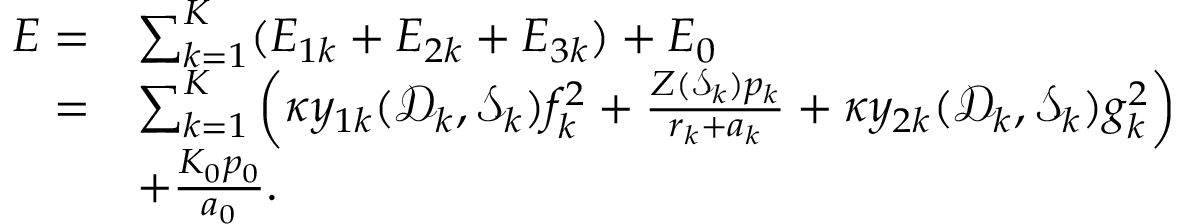
\begin{array} { r l } { E = } & { \sum _ { k = 1 } ^ { K } ( E _ { 1 k } + E _ { 2 k } + E _ { 3 k } ) + E _ { 0 } } \\ { = } & { \sum _ { k = 1 } ^ { K } \left( \kappa y _ { 1 k } ( \mathcal D _ { k } , \mathcal S _ { k } ) f _ { k } ^ { 2 } + \frac { Z ( \mathcal S _ { k } ) p _ { k } } { r _ { k } + a _ { k } } + \kappa y _ { 2 k } ( \mathcal D _ { k } , \mathcal S _ { k } ) g _ { k } ^ { 2 } \right) } \\ & { + \frac { K _ { 0 } p _ { 0 } } { a _ { 0 } } . } \end{array}